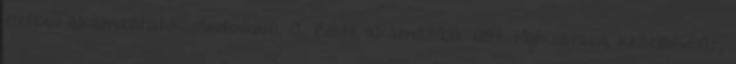
esetben alkalmazhatók mindenkinél. A Zoloft alkalmazása előtt tájékoztassa kezelőorvosát,